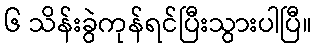
၆ သိန်းခွဲကုန်ရင်ပြီးသွားပါပြီ။